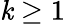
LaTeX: \mathit{k}\ge1